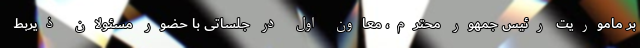
بر ماموریت رئیس جمهور محترم، معاون اول در جلساتی با حضور مسئولان ذیربط